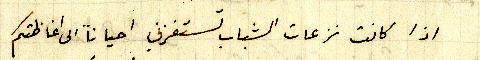
اذا كانت نزعات الشباب تستفزني احياناً الى اغاظتكم